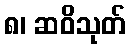
၈၊ ဆဝိသုတ်